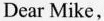
Dear Mike，